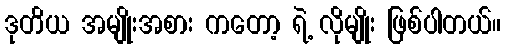
ဒုတိယ အမျိုးအစား ကတော့ ရဲ့ လိုမျိုး ဖြစ်ပါတယ်။